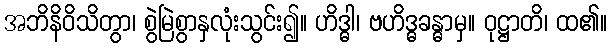
အဘိနိဝိသိတွာ၊ စွဲမြဲစွာနှလုံးသွင်း၍။ ဟိဒ္ဓါ၊ ဗဟိဒ္ဓခန္ဓာမှ။ ဝုဋ္ဌာတိ၊ ထ၏။